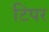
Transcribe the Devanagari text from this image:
टिपर